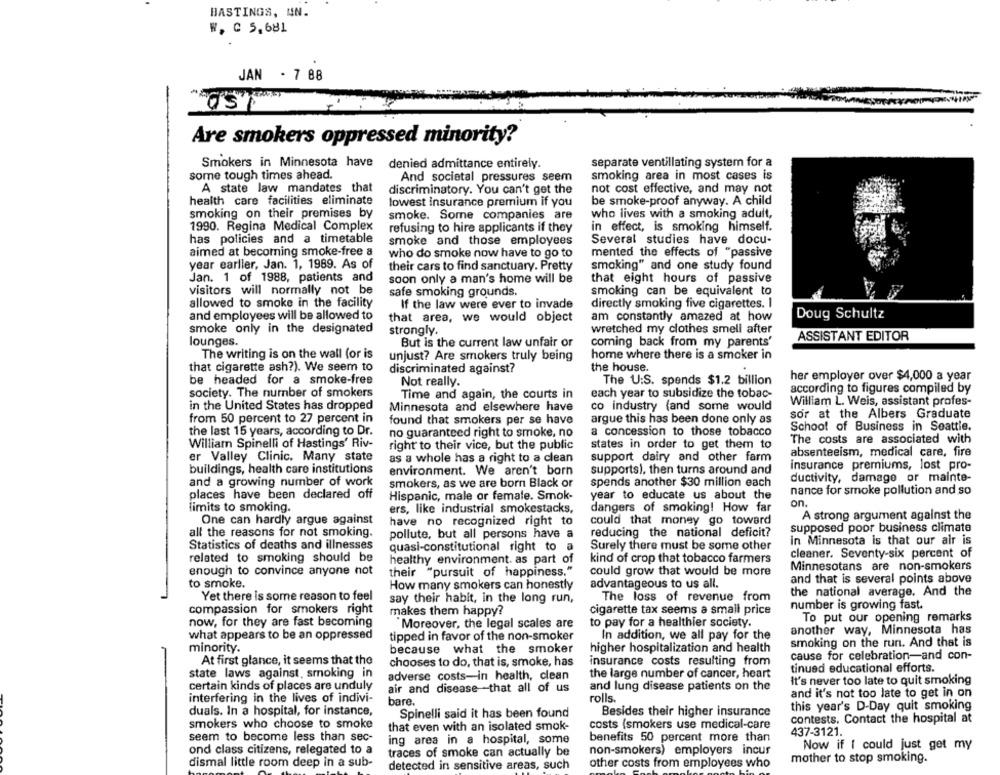
BASTINGS, UN.
W. C 5,681
JAN - 7 88
Are smokers oppressed minority?
Smokers in Minnesota have
separate ventillating system for a
denied admittance entirely.
some tough times ahead.
And societal pressures seem
smoking area in most cases is
A state law mandates that
discriminatory. You can't get the
not cost effective, and may not
health care facilities eliminate
lowest insurance premium if you
be smoke-proof anyway. A child
smoking on their premises by
smoke. Some companies are
who lives with a smoking adult,
1990. Regina Medical Complex
refusing to hire applicants if they
in effect, is smoking himself.
has policies and a timetable
smoke and those employees
Several studies have docu-
aimed at becoming smoke-free a
who do smoke now have to go to
mented the effects of "passive
year earlier, Jan. 1, 1989. As of
their cars to find sanctuary. Pretty
smoking" and one study found
Jan. 1 of 1988, patients and
soon only a man's home will be
that eight hours of passive
visitors will normally not be
safe smoking grounds.
smoking can be equivalent to
allowed to smoke in the facility
If the law were ever to invade
directly smoking five cigarettes. I
and employees will be allowed to
that area, we would object
am constantly amazed at how
Doug Schultz
smoke only in the designated
strongly.
wretched my clothes smell after
lounges.
ASSISTANT EDITOR
But is the current law unfair or
coming back from my parents'
The writing is on the wall (or is
unjust? Are smokers truly being
home where there is a smoker in
that cigarette ash?). We seem to
discriminated against?
the house.
be headed for a smoke-free
The U:S. spends $1.2 billion
her employer over $4,000 a year
Not really.
society. The number of smokers
Time and again, the courts in
each year to subsidize the tobac-
according to figures compiled by
William L. Weis, assistant profes-
in the United States has dropped
Minnesota and elsewhere have
co industry (and some would
from 50 percent to 27 percent in
sor at the Albers Graduate
found that smokers per se have
argue this has been done only as
the last 15 years, according to Dr.
no guaranteed right to smoke, no
a concession to those tobacco
School of Business in Seattle.
The costs are associated with
William Spinelli of Hastings' Riv-
right to their vice, but the public
states in order to get them to
er Valley Clinic. Many state
as a whole has a right to a clean
support dairy and other farm
absenteeism, medical care, fire
insurance premiums, lost pro-
buildings, health care institutions
environment. We aren't born
supports), then turns around and
ductivity, damage or mainte-
and a growing number of work
smokers, as we are born Black or
spends another $30 million each
places have been declared off
Hispanic, male or female. Smok-
year to educate us about the
nance for smoke pollution and so
on.
limits to smoking.
ers, like industrial smokestacks,
dangers of smoking! How far
One can hardly argue against
A strong argument against the
have no recognized right to
could that money go toward
supposed poor business climate
all the reasons for not smoking.
pollute, but all persons have a
reducing the national deficit?
in Minnesota is that our air is
Statistics of deaths and illnesses
quasi-constitutional right to
a
Surely there must be some other
related to smoking should be
kind of crop that tobacco farmers
cleaner. Seventy-six percent of
healthy environment. as part of
Minnesotans are non-smokers
enough to convince anyone not
their "pursuit of happiness."
could grow that would be more
and that is several points above
to smoke.
How many smokers can honestly
advantageous to us all.
Yet there is some reason to feel
the national average. And the
say their habit, in the long run,
The loss of revenue from
compassion for smokers right
makes them happy?
cigarette tax seems a small price
number is growing fast.
To put our opening remarks
now, for they are fast becoming
Moreover, the legal scales are
to pay for a healthier society.
what appears to be an oppressed
In addition, we all pay for the
another way, Minnesota has
tipped in favor of the non-smoker
smoking on the run. And that is
minority.
because what the smoker
higher hospitalization and health
cause for celebration-and con-
At first glance, it seems that the
chooses to do, that is, smoke, has
insurance costs resulting from
state laws against, smoking in
the large number of cancer, heart
tinued educational efforts.
adverse costs-in health, clean
It's never too late to quit smoking
certain kinds of places are unduly
air and disease that all of us
and lung disease patients on the
rolls.
and it's not too late to get in on
interfering in the lives of indivi-
bare.
duals. In a hospital, for instance,
Besides their higher insurance
this year's D-Day quit smoking
Spinelli said it has been found
contests. Contact the hospital at
smokers who choose to smoke
that even with an isolated smok-
costs (smokers use medical-care
seem to become less than sec-
437-3121.
ing area in a hospital, some
benefits 50 percent more than
ond class citizens, relegated to a
traces of smoke can actually be
non-smokers) employers incur
Now if I could just get my
mother to stop smoking.
dismal little room deep in a sub-
detected in sensitive areas, such
other costs from employees who